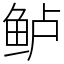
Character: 鲈